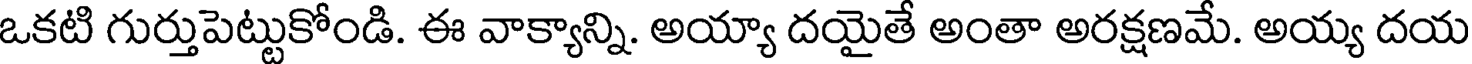
ఒకటి గుర్తుపెట్టుకోండి. ఈ వాక్యాన్ని. అయ్యా దయైతే అంతా అరక్షణమే. అయ్య దయ